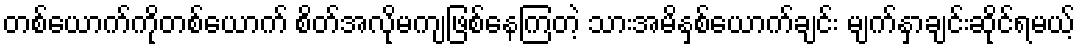
တစ်ယောက်ကိုတစ်ယောက် စိတ်အလိုမကျဖြစ်နေကြတဲ့ သားအမိနှစ်ယောက်ချင်း မျက်နှာချင်းဆိုင်ရမယ့်